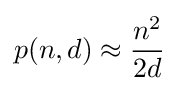
p(n,d)\approx {\frac {n^{2}}{2d}}